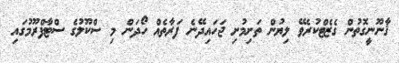
ޤާނޫނީގޮތުން ގެޒެޓްކުރެވޭ ލިޔުން ތަށިމުށި ޖަހައިދޭނެ ފަރާތެއް ހޯދަން މި ސްކޫލުގެ ސްޓާފްރޫމުގައި